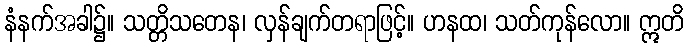
နံနက်အခါ၌။ သတ္တိသတေန၊ လှန်ချက်တရာဖြင့်။ ဟနထ၊ သတ်ကုန်လော။ ဣတိ